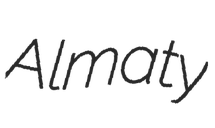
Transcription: Almaty